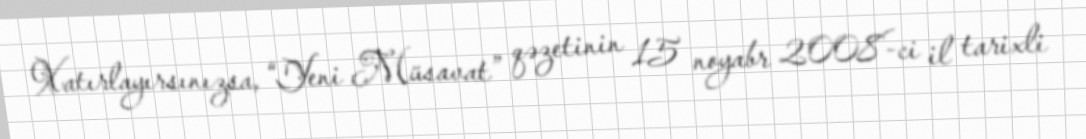
Xatırlayırsınızsa, “Yeni Müsavat” qəzetinin 15 noyabr 2008-ci il tarixli